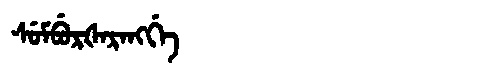
Manchu: ᠰᡠᠮᠪᡠᡵᡧᠠᡵᠠᠩᡤᡝ
Romanization: SUMBURŠARANGGE